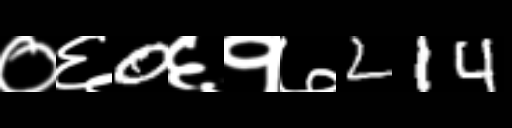
Text: ०६0६१७214